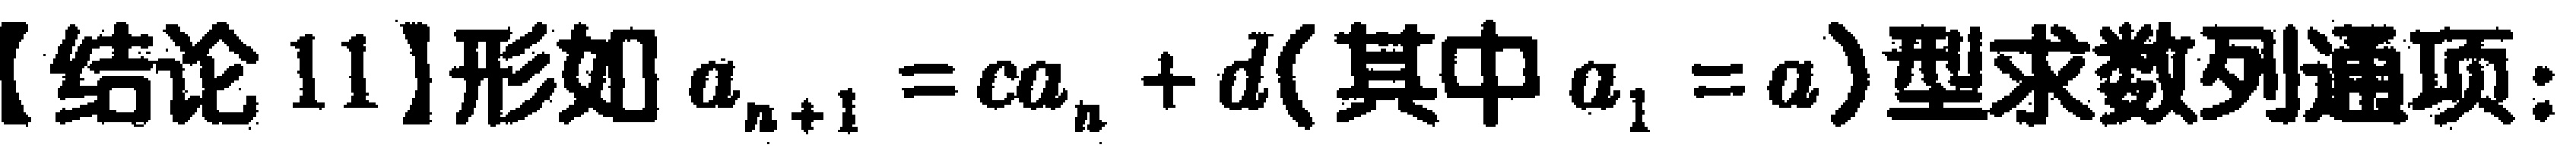
【结论 11】形如 \(a_{n + 1} = ca_{n}+d\)（其中 \(a_{1} = a\)）型求数列通项：